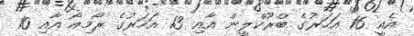
އެއީ 16 އަހަރުގެ ބްރޫކްލީން އާއި 13 އަހަރުގެ ރޯމިއޯ އާއި 10